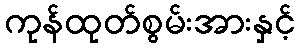
ကုန်ထုတ်စွမ်းအားနှင့်